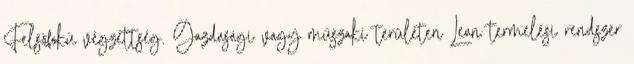
Felsőfokú végzettség. Gazdasági vagy műszaki területen Lean termelési rendszer